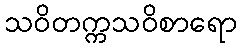
သဝိတက္ကသဝိစာရော